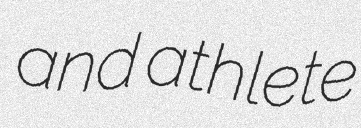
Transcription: and athlete